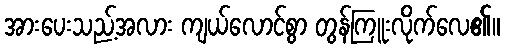
အားပေးသည့်အလား ကျယ်လောင်စွာ တွန်ကြူးလိုက်လေ၏။